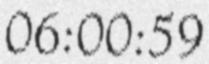
06:00:59